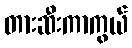
တားဆီးကာကွယ်